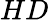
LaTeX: HD